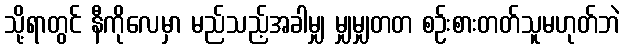
သို့ရာတွင် နီကိုလေမှာ မည်သည့်အခါမျှ မျှမျှတတ စဉ်းစားတတ်သူမဟုတ်ဘဲ